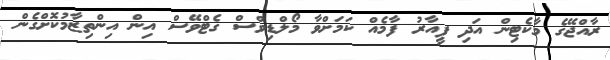
ރާއްޖޭގެ މާކެޓިން އަދި ޕީއާރު ފާމެއް ކަމަށްވާ މޯލްޑިވްސް ގެޓްވޭސް އިން އިންތިޒާމުކޮށްގެން